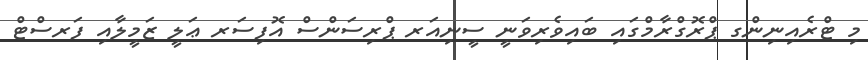
މި ޓްރެއިނިންގ ޕްރޮގްރާމްގައި ބައިވެރިވަނީ ސީނިއަރ ޕްރިސަންސް އޮފިސަރ ޢަލީ ޒަމީލާއި ފަރސްޓް